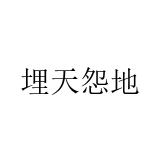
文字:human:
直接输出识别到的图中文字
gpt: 埋天怨地